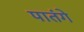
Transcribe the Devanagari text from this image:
पातंगे